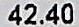
42.40